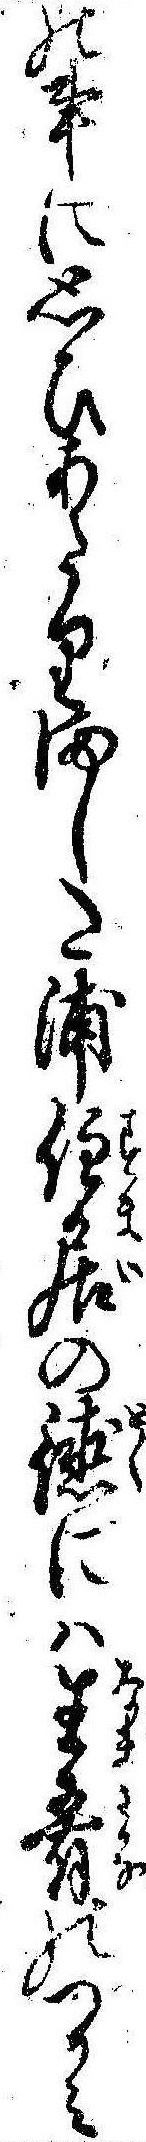
の事に思ひあたりました浦住居の徳には生肴のつかみ